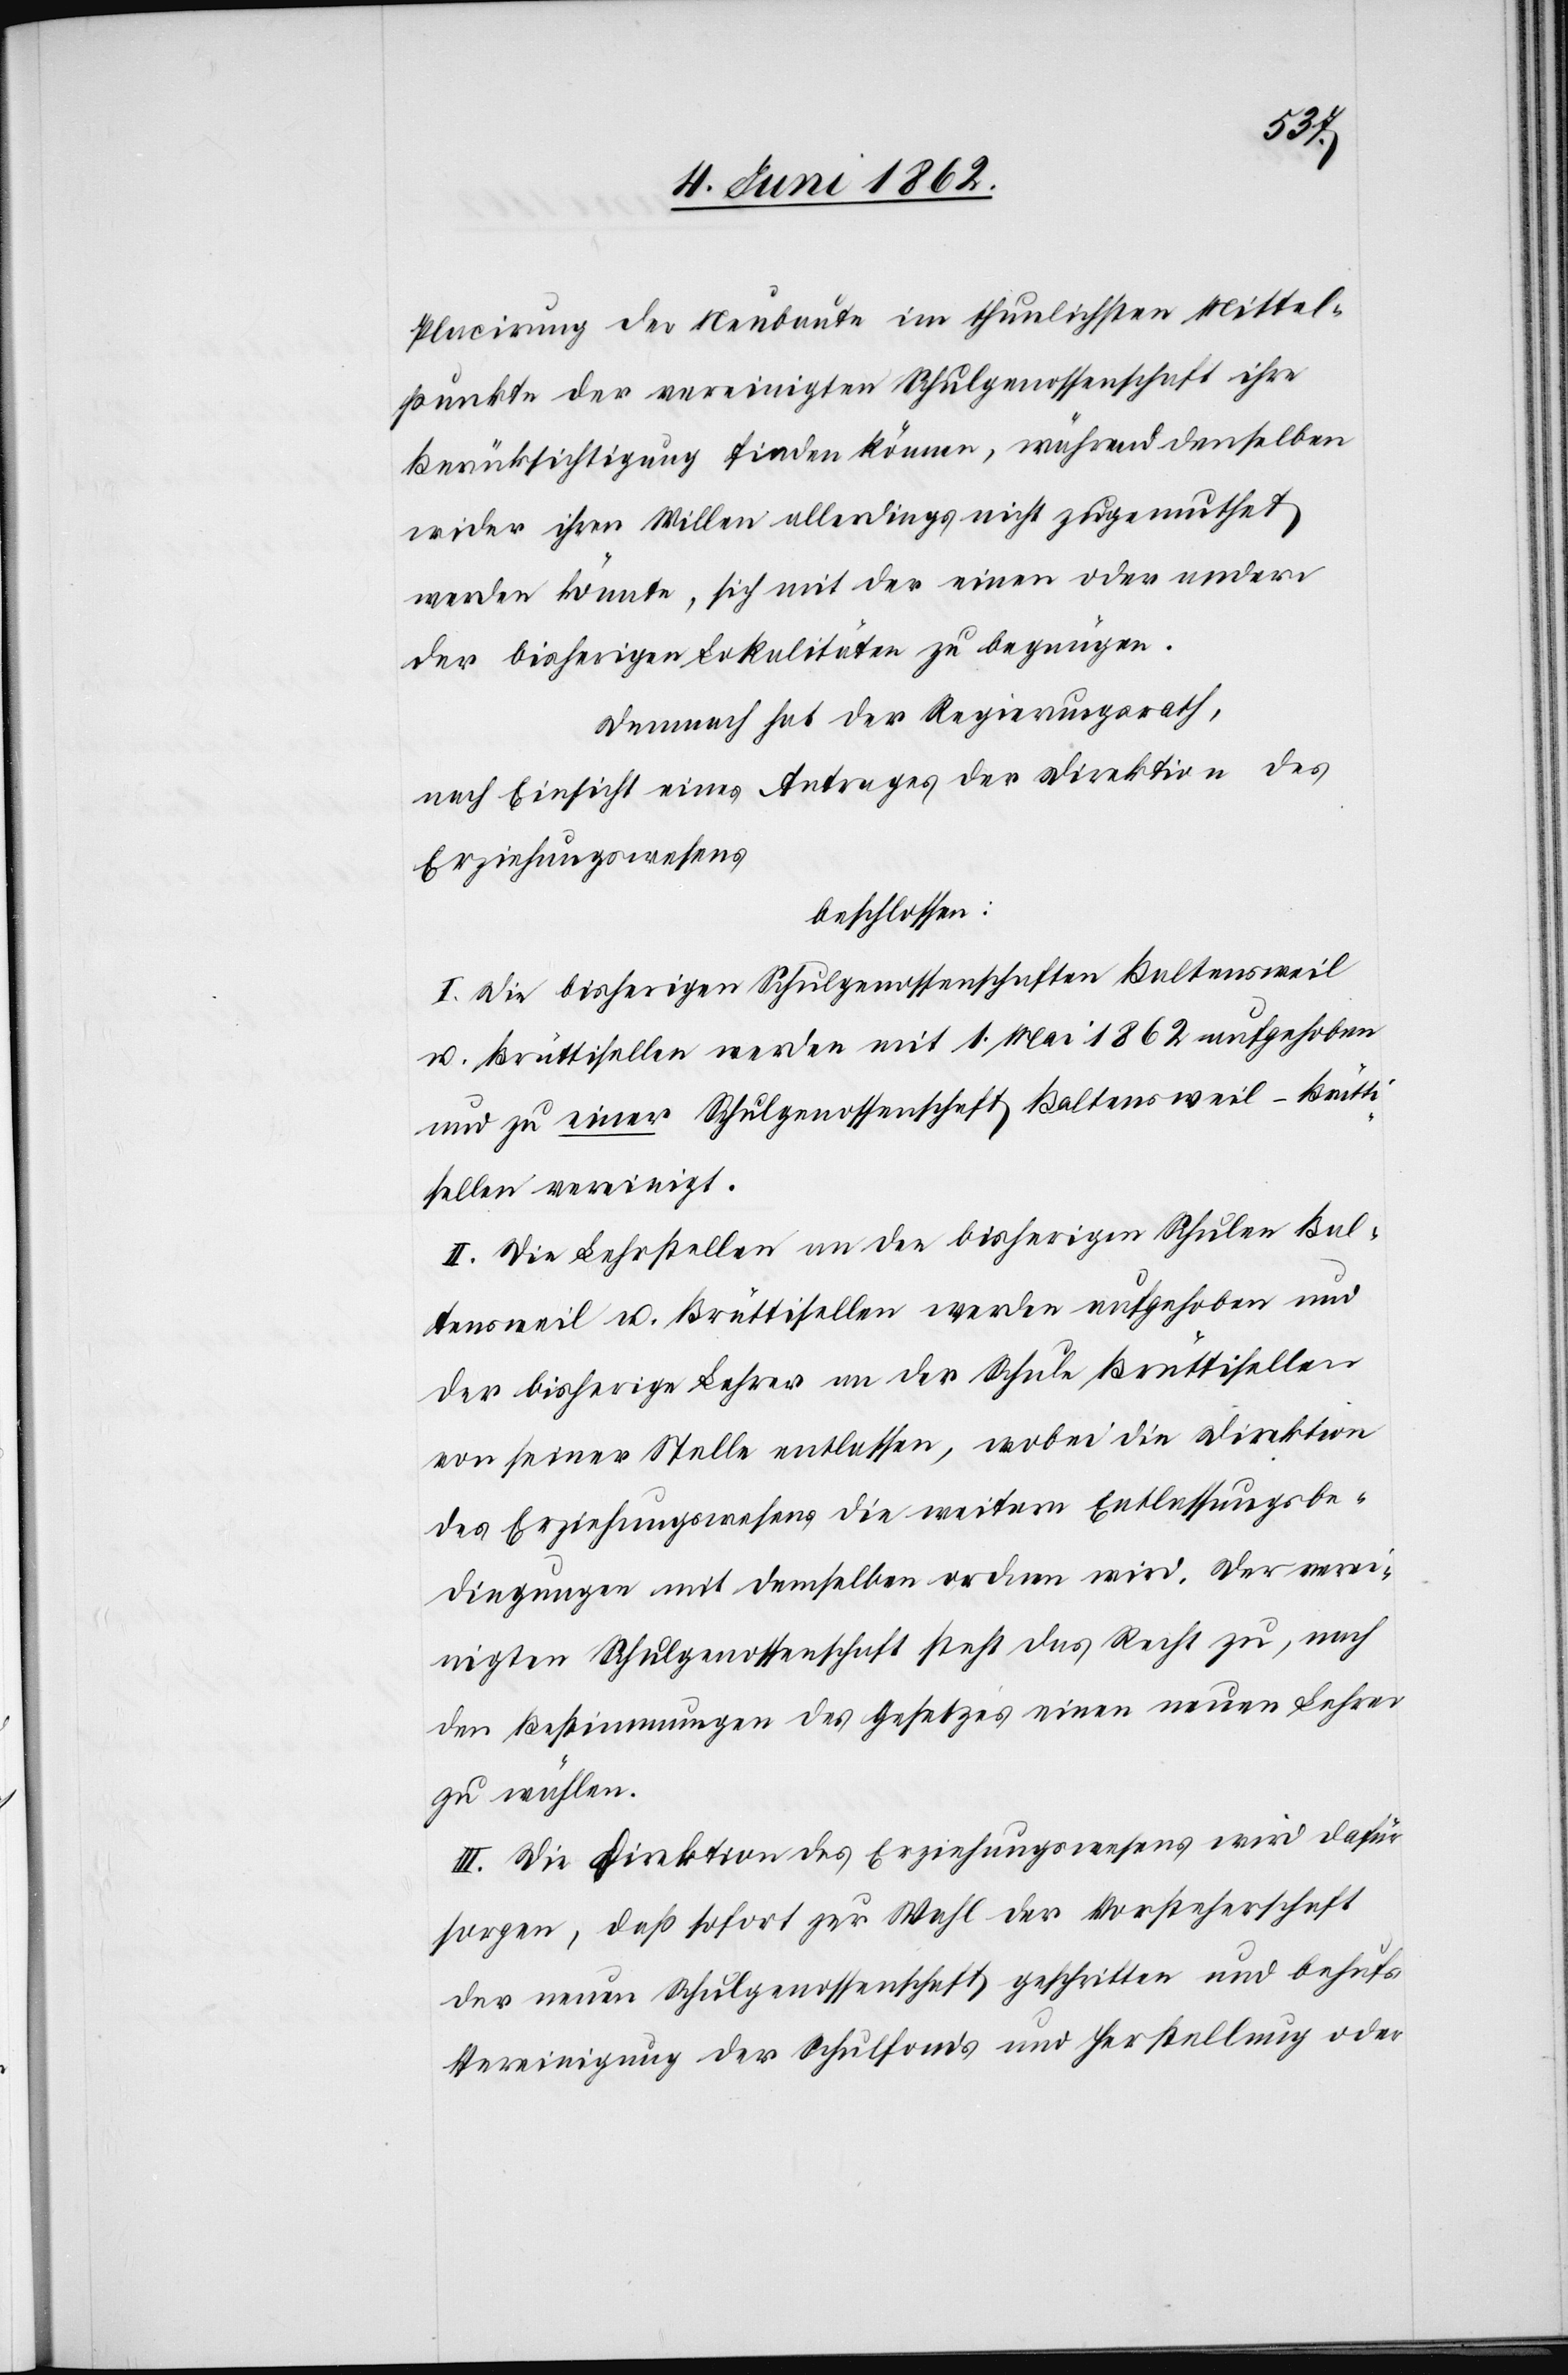
Placirung der Neubaue im thunlichsten Mittel¬
punkte der vereinigten Schulgenossenschaft ihre
Berücksichtigung finden können, während denselben
wider ihren Willen allerdings nicht zugemuthet
werden könnte, sich mit der einen oder andern
der bisherigen Lokalitäten zu begnügen.
Demnach hat der Regierungsrath,
nach Einsicht eines Antrages der Direktion des
Erziehungswesens,
beschlossen:
I. Die bisherigen Schulgenossenschaften Baltensweil
u. Brüttisellen werden mit 1. Mai 1862 aufgehoben
und zu einer Schulgenossenschaft Baltensweil-Brütti¬
sellen vereinigt.
II. Die Lehrstellen an den bisherigen Schulen Bal¬
tensweil u. Brüttisellen werden aufgehoben und
der bisherige Lehrer an der Schule Brüttisellen
von seiner Stelle entlassen, wobei die Direktion
des Erziehungswesens die weitern Entlassungsbe¬
dingungen mit demselben ordnen wird. Der verei¬
nigten Schulgenossenschaft steht das Recht zu, nach
den Bestimmungen des Gesetzes einen neuen Lehrer
zu wählen.
III. Die Direktion des Erziehungswesens wird dafür
sorgen, daß sofort zur Wahl der Vorsteherschaft
der neuen Schulgenossenschaft geschritten und behufs
Vereinigung der Schulfonds und Herstellung oder